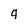
Character: 9